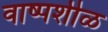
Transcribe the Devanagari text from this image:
वाष्पशीळ